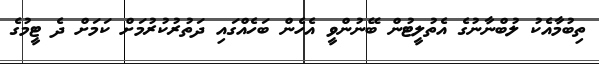
ތިބުމާއެކު ލުބްނާނުގެ އެތުލީޓުން ބޭނުންވީ އެހެން ބަހެއްގައި ދަތުރުކުރުމަށް ކަމަށް ދެ ޓީމުގެ